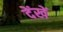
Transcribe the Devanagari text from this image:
देंखें